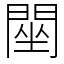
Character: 䦟